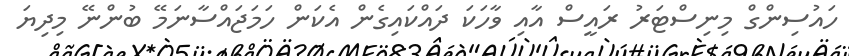
ހައުސިންގް މިނިސްޓަރު ރައީސް އާއި ވާހަކަ ދައްކައިގެން އެކަން ހަމަޖައްސާނަމޭ ބުންނޭ މިދިޔަ